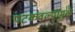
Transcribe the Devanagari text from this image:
पटकवल्यामुळे